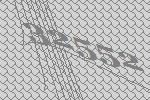
32552